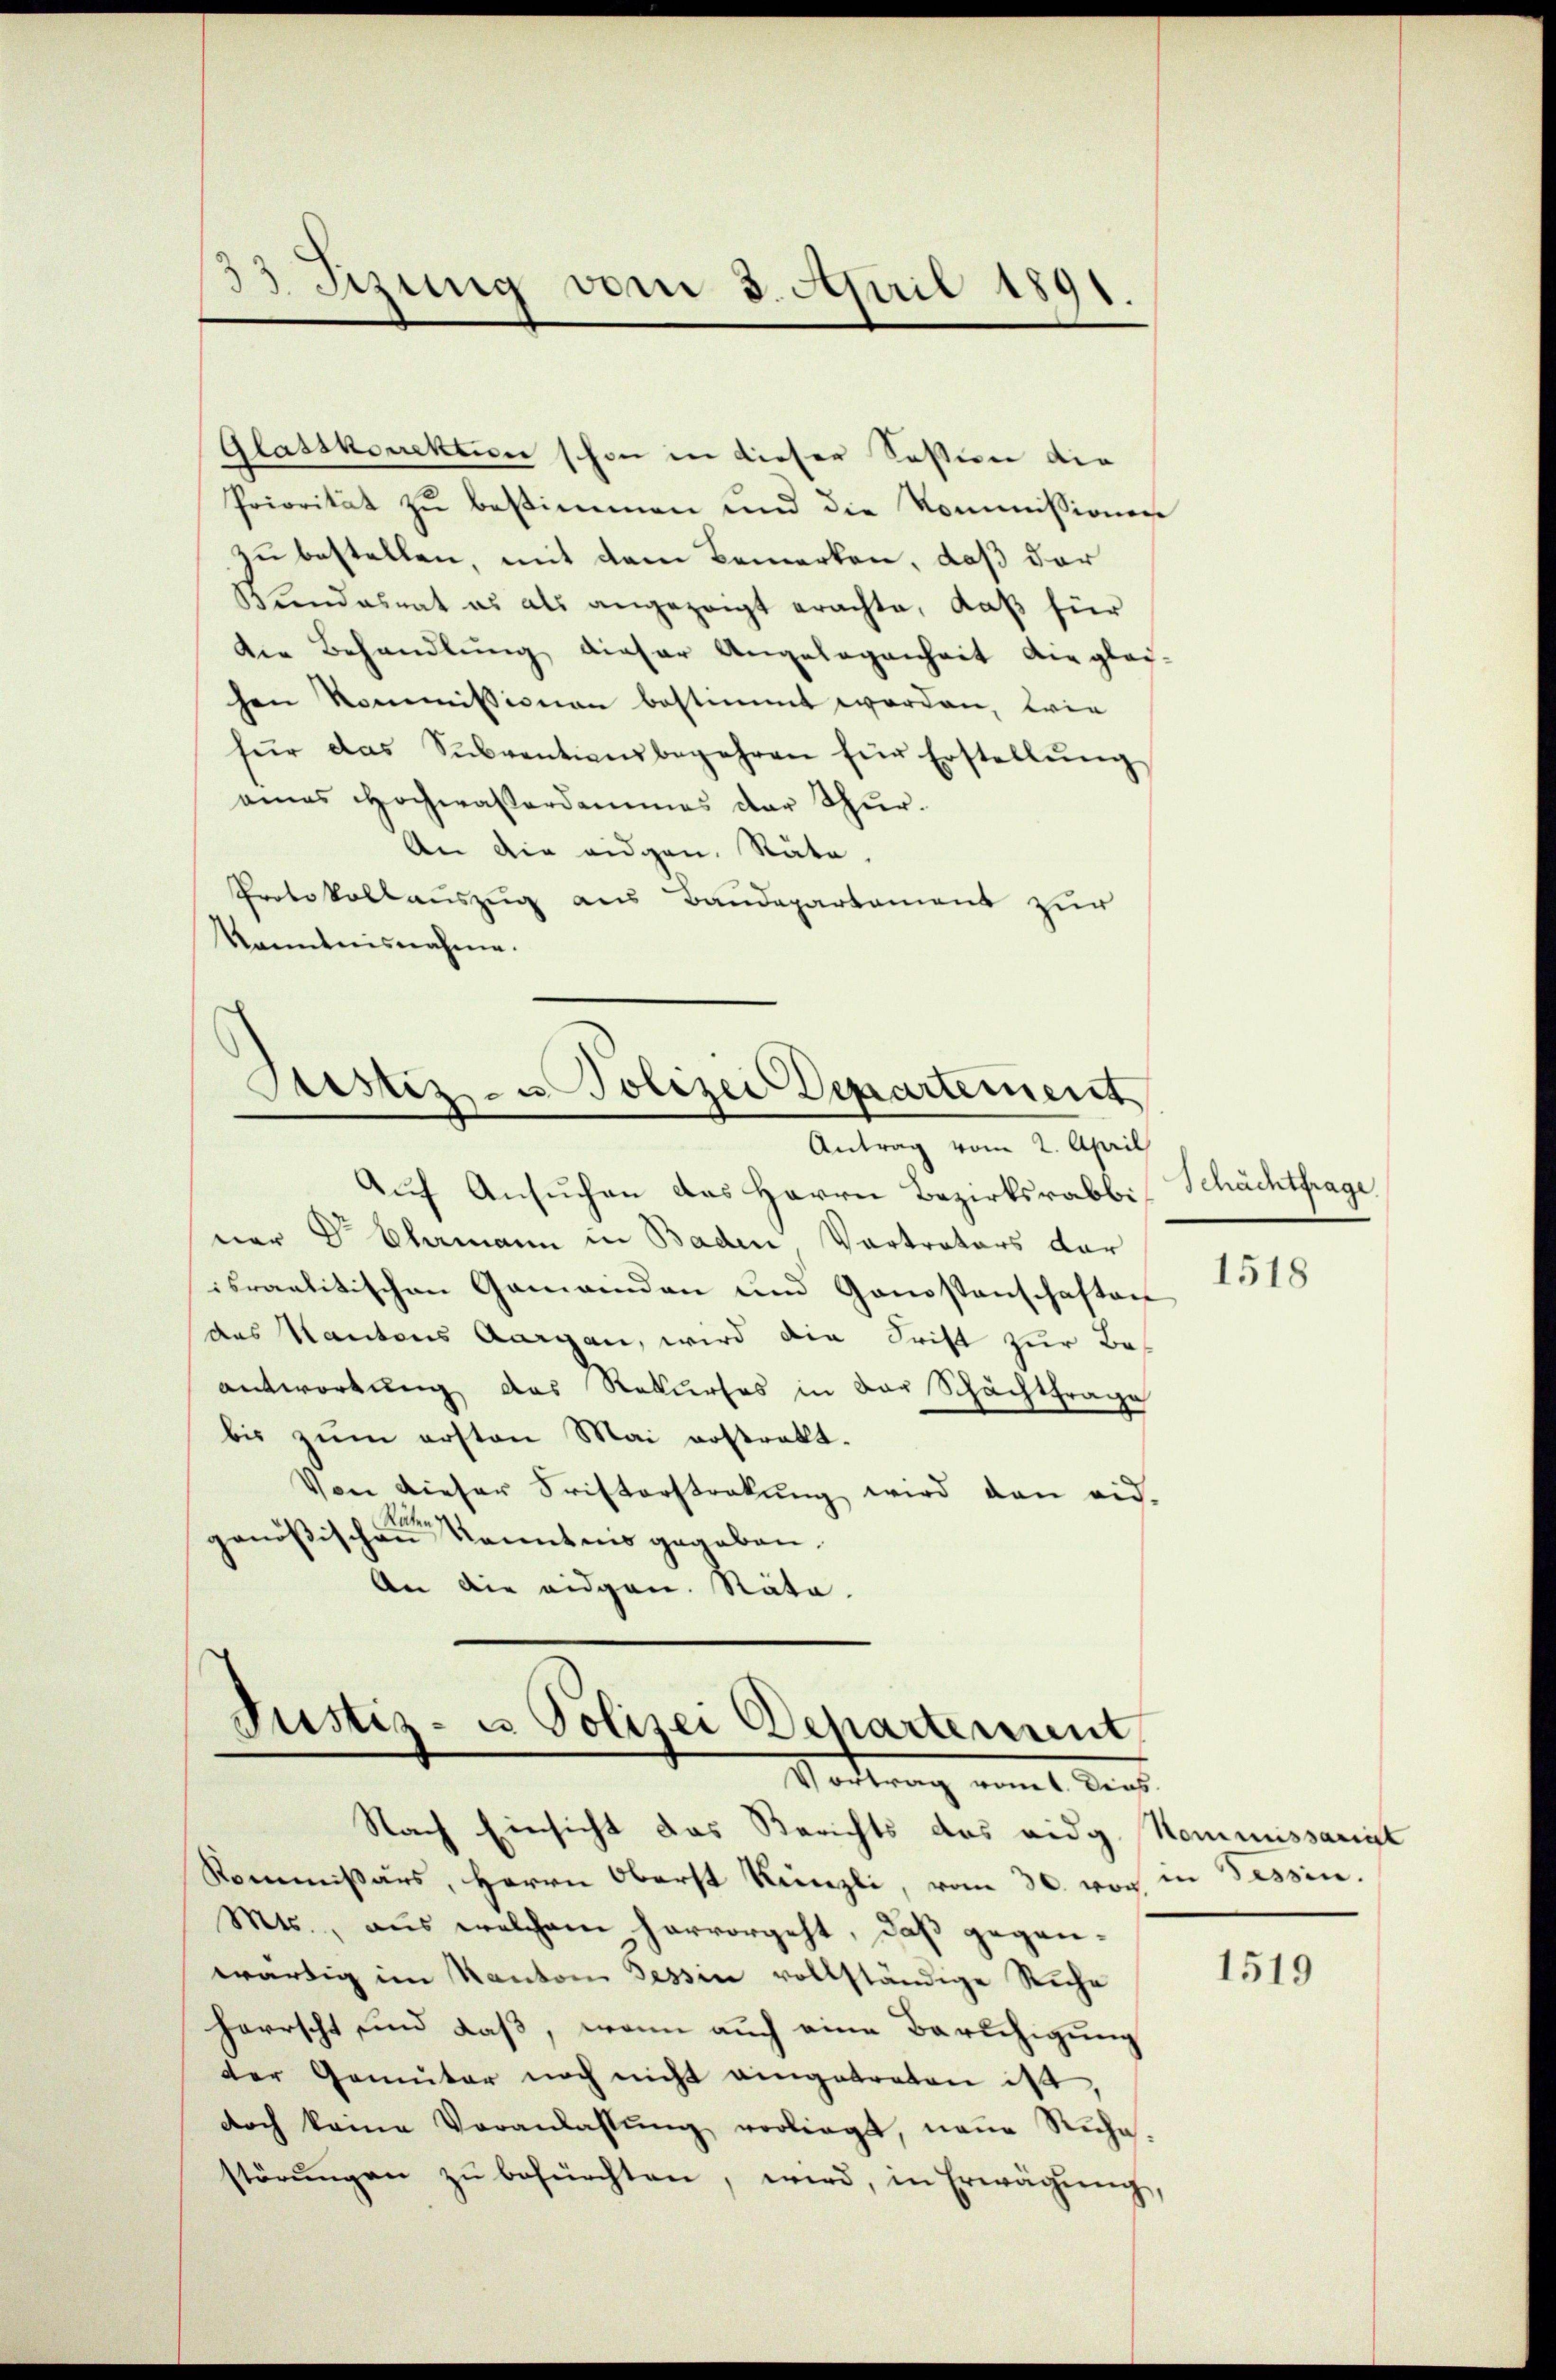
33 Setzung vom 3. April 1891.

Glasskorrektion schon in dieser Session die
Priorität zu bestimmen und die Kommissionen
zu bestellen, mit dem Bemerken, daß der
Wendesrat es als angezeigt erachte, daß für
die Behandlung dieser Angelegenheit die glei-
hen Kommissionen bestimmt worden, wie
für das Subventionsbegehren für Erstellŭng
amas Hochwasserdammes der Thur¬
An die eidgen. Räte,
Protokollauszug aus Baudepartement zur
kanntnisnahme.

Sistiz- u Polizei Departement

Auf Ansuchen des Herrn Bezirksrabbi
ner Dr. Ehemann in Baden Vertrators der
israelitischen Gemeinden und Genostenschaften
das Kantons Aargau, wird die Frist zur Beantwortung das Rekurses in der Schachtrage
bis zum ersten Mai erstrakt.
Von dieser Fristerstrakung wird den eid.
Räten
genößischen Kenntnis gegeben.
An die eidgen. Räte.

Justiz- u Polizei Departement,
Vortrag vom 1. Dies

Antrag vom 2. April

Nach Einsicht das Berichts das eidg. Kommissarist
Kommissärs, Herrn Oberst Künzli, vom 30. von in Tessin.
Mts., aus welchem hervorgeht, daß geganwärtig im Kanton Tessin vollständige Siche
herrscht und daß, wenn auch eine Beruhigung
der Gemüter noch nicht eingetreten ist,
doch keine Veranlassŭng vorliegt, neŭe Rŭhe-
störŭngen zŭ befürchten, wird, in Erwägŭng,

Schächtfrage

1518

1519